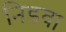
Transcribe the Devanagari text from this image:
निडवा